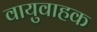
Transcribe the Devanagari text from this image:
वायुवाहक